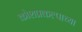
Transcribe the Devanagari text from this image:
कोशप्रकल्पाच्या